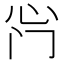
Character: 𫹰